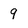
Character: 9